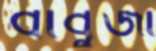
বাবুজী